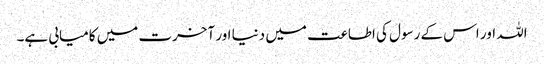
اللہ اور اس کے رسول کی اطاعت میں دنیا اور آخرت میں کامیابی ہے۔